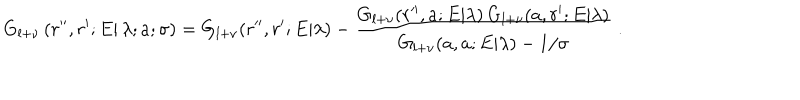
LaTeX: G _ { l + \nu } \left( \left. r ^ { \prime \prime } , r ^ { \prime } ; E \right| \lambda ; a ; \sigma \right) = G _ { l + \nu } ( r ^ { \prime \prime } , r ^ { \prime } ; E | \lambda ) - \frac { G _ { l + \nu } ( r ^ { \prime \prime } , a ; E | \lambda ) \, G _ { l + \nu } ( a , r ^ { \prime } ; E | \lambda ) } { G _ { l + \nu } ( a , a ; E | \lambda ) - 1 / \sigma } \; .